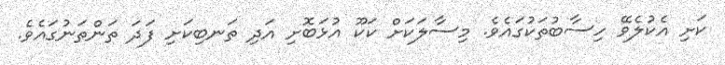
ކަށި އެކުލެވޭ ހިސާބުތަކުގައެވެ. މިސާލަކަށް ކަކޫ އުޅަބޮށި އަދި ތަނބިކަށި ފަދަ ތަންތަނުގައެވެ.